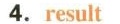
4.result